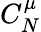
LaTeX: C_{N}^{\mu}